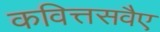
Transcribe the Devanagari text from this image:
कवित्तसवैए